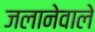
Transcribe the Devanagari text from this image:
जलानेवाले